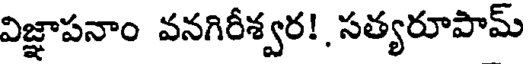
విజ్ఞాపనాం వనగిరీశ్వర! సత్యరూపామ్